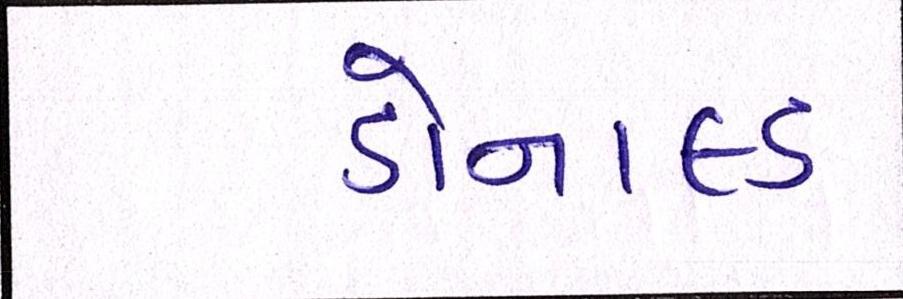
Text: ડોનાલ્ડ